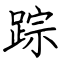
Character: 踪